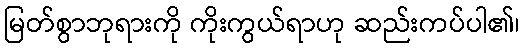
မြတ်စွာဘုရားကို ကိုးကွယ်ရာဟု ဆည်းကပ်ပါ၏၊